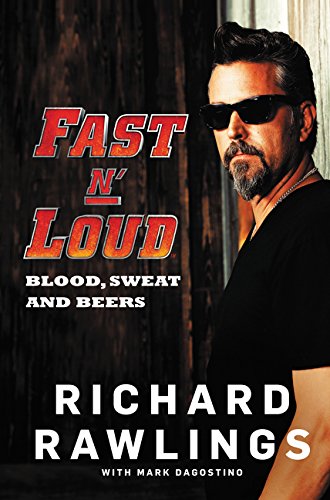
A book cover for Fast N' Loud: Blood, Sweat and Beers; Richard Rawlings; Engineering & Transportation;